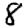
Digit: 8